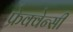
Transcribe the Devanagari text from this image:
फ्रेक्वेन्सी